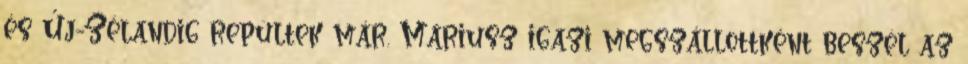
és Új-Zélandig repültek már. Máriusz igazi megszállottként beszél az